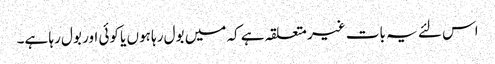
اس لئے یہ بات غیر متعلقہ ہے کہ میں بول رہا ہوں یا کوئی اور بول رہا ہے۔